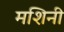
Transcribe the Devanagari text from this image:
मशिनी